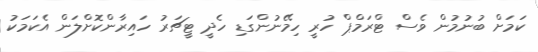
ކަމަށް ބުނުމުން ވެސް ޓްރަމްޕް ހުރީ ހިމޭނުންގަޑި ހެދީ ޓީޗަރު ހައިރާންކޮށްލަން އެކަމަކު